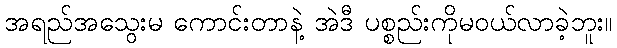
အရည်အသွေးမ ကောင်းတာနဲ့ အဲဒီ ပစ္စည်းကိုမဝယ်လာခဲ့ဘူး။